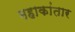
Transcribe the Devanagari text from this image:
महाकांतार